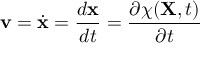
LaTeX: \ \mathbf { v } = { \dot { \mathbf { x } } } = { \frac { d \mathbf { x } } { d t } } = { \frac { \partial \chi ( \mathbf { X } , t ) } { \partial t } }